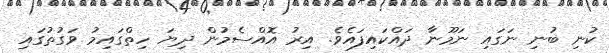
ކުނި ބުނި ނަގައި ނަމޫނާ ދައްކައިފައެވެ. އިރު އޮއްސެމުން ދިޔަ ހިތްގައިމު ވަގުތުގައި